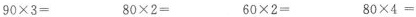
$$9 0 \times 3 =$$ $$8 0 \times 2 =$$